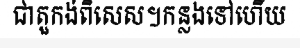
ជាតួកង់ពិសេស។កន្លងទៅហើយ